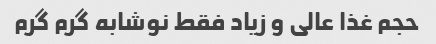
حجم غذا عالی و زیاد فقط نوشابه گرم گرم